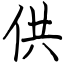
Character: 供